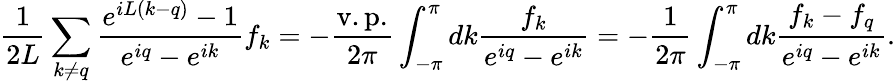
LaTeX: \frac{1}{2L}\sum_{k\neq q}\frac{e^{iL(k-q)}-1}{e^{iq}-e^{ik}}f_{k}=-\frac{\mathrm{v.p.}}{2\pi}\int_{-\pi}^{\pi}dk\frac{f_{k}}{e^{iq}-e^{ik}}=-\frac{1}{2\pi}\int_{-\pi}^{\pi}dk\frac{f_{k}-f_{q}}{e^{iq}-e^{ik}}.